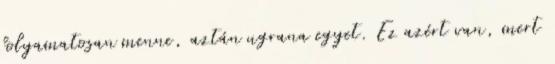
folyamatosan menne, aztán ugrana egyet. Ez azért van, mert